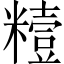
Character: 䊦